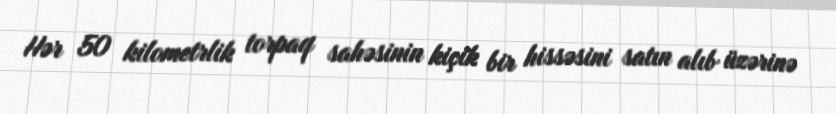
Hər 50 kilometrlik torpaq sahəsinin kiçik bir hissəsini satın alıb üzərinə